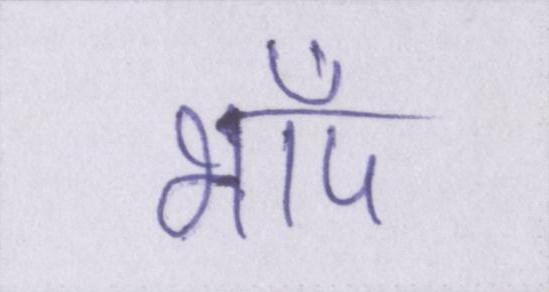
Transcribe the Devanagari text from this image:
भाँप